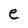
Character: e